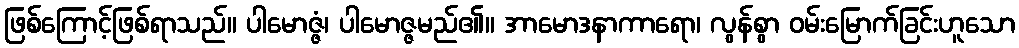
ဖြစ်ကြောင့်ဖြစ်ရာသည်။ ပါမောဇ္ဇံ၊ ပါမောဇ္ဇမည်၏။ အာမောဒနာကာရော၊ လွန်စွာ ဝမ်းမြောက်ခြင်းဟူသော